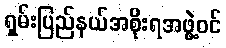
ရှမ်းပြည်နယ်အစိုးရအဖွဲ့ဝင်